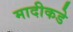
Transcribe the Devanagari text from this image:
मादीकडे